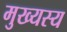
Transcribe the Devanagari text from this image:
मुख्यस्य